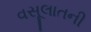
વસૂલાતની